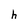
Character: h